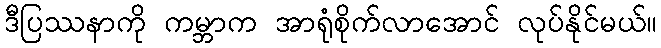
ဒီပြဿနာကို ကမ္ဘာက အာရုံစိုက်လာအောင် လုပ်နိုင်မယ်။